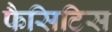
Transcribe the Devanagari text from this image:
फैसिटिस